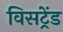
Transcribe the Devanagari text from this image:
विसट्रेंड